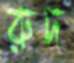
রুদ